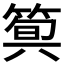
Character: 𥯗